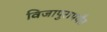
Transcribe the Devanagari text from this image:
विजापुरापर्यंत